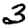
Digit: 3